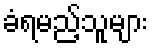
ခံရမည့်သူများ